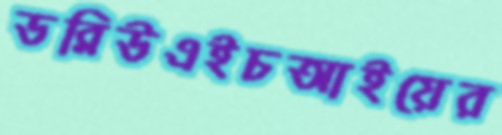
ডব্লিউএইচআইয়ের